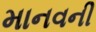
માનવની